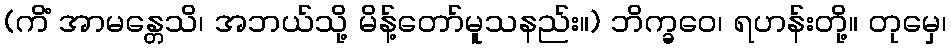
(ကိံ အာမန္တေသိ၊ အဘယ်သို့ မိန့်တော်မူသနည်း။) ဘိက္ခဝေ၊ ရဟန်းတို့။ တုမှေ၊